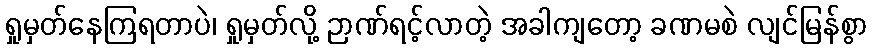
ရှုမှတ်နေကြရတာပဲ၊ ရှုမှတ်လို့ ဉာဏ်ရင့်လာတဲ့ အခါကျတော့ ခဏမစဲ လျင်မြန်စွာ